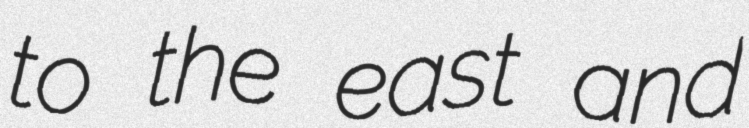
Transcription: to the east and